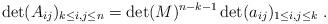
LaTeX: \begin{align*}\det (A_{ij})_{k\leq i,j\leq n} = \det(M)^{n-k-1}\det (a_{ij})_{1\leq i,j\leq k} \ .\end{align*}